Scottish Leaving Certificate Examination, 1960
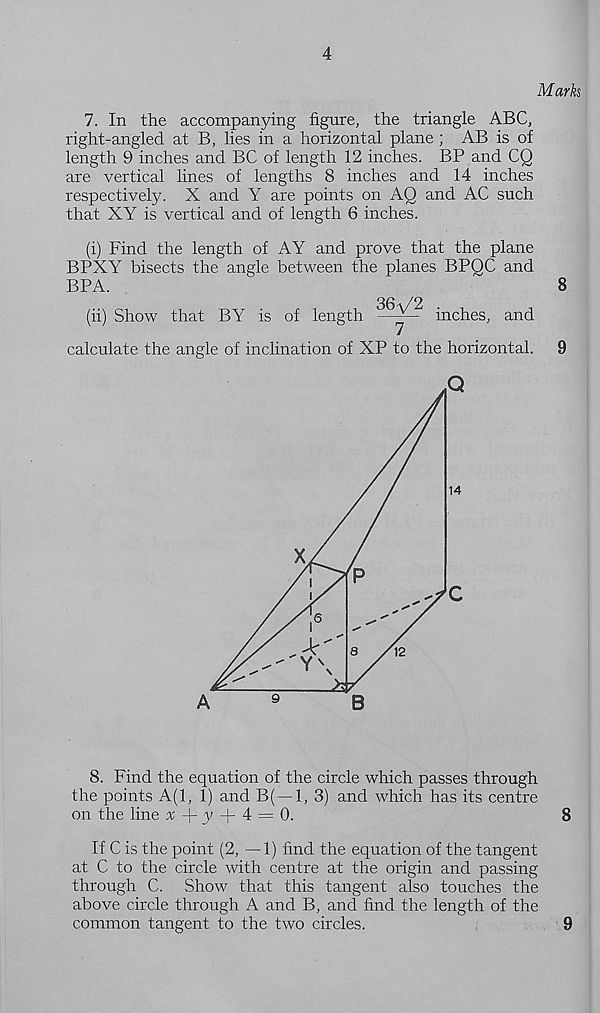
4
Marks
7. In the accompanying figure, the triangle ABC,
right-angled at B, lies in a horizontal plane ; AB is of
length 9 inches and BC of length 12 inches. BP and CQ
are vertical lines of lengths 8 inches and 14 inches
respectively. X and Y are points on AQ and AC such
that XY is vertical and of length 6 inches.
(i) Find the length of AY and prove that the plane
BPXY bisects the angle between the planes BPQC and
BPA.
8
(ii) Show that BY is of length
~ inches, and
calculate the angle of inclination of XP to the horizontal.
9
8. Find the equation of the circle which passes through
the points A(l, 1) and B( —1, 3) and which has its centre
on the line :r-l-y + 4 = 0.
8
If C is the point (2, — 1) find the equation of the tangent
at C to the circle with centre at the origin and passing
through C. Show that this tangent also touches the
above circle through A and B, and find the length of the
common tangent to the two circles.
9